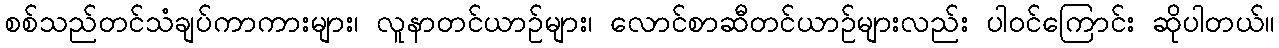
စစ်သည်တင်သံချပ်ကာကားများ၊ လူနာတင်ယာဉ်များ၊ လောင်စာဆီတင်ယာဉ်များလည်း ပါဝင်ကြောင်း ဆိုပါတယ်။